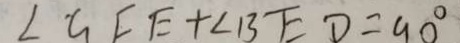
\angle G F E + \angle B E D = 9 0 ^ { \circ }